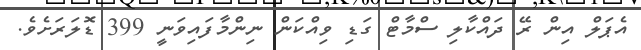
އެޕަލް އިން ރޭ ދައްކާލި ސްމާޓް ގަޑި ވިއްކަން ނިންމާފައިވަނީ 399 ޑޮލަރަށެވެ.